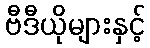
ဗီဒီယိုများနှင့်